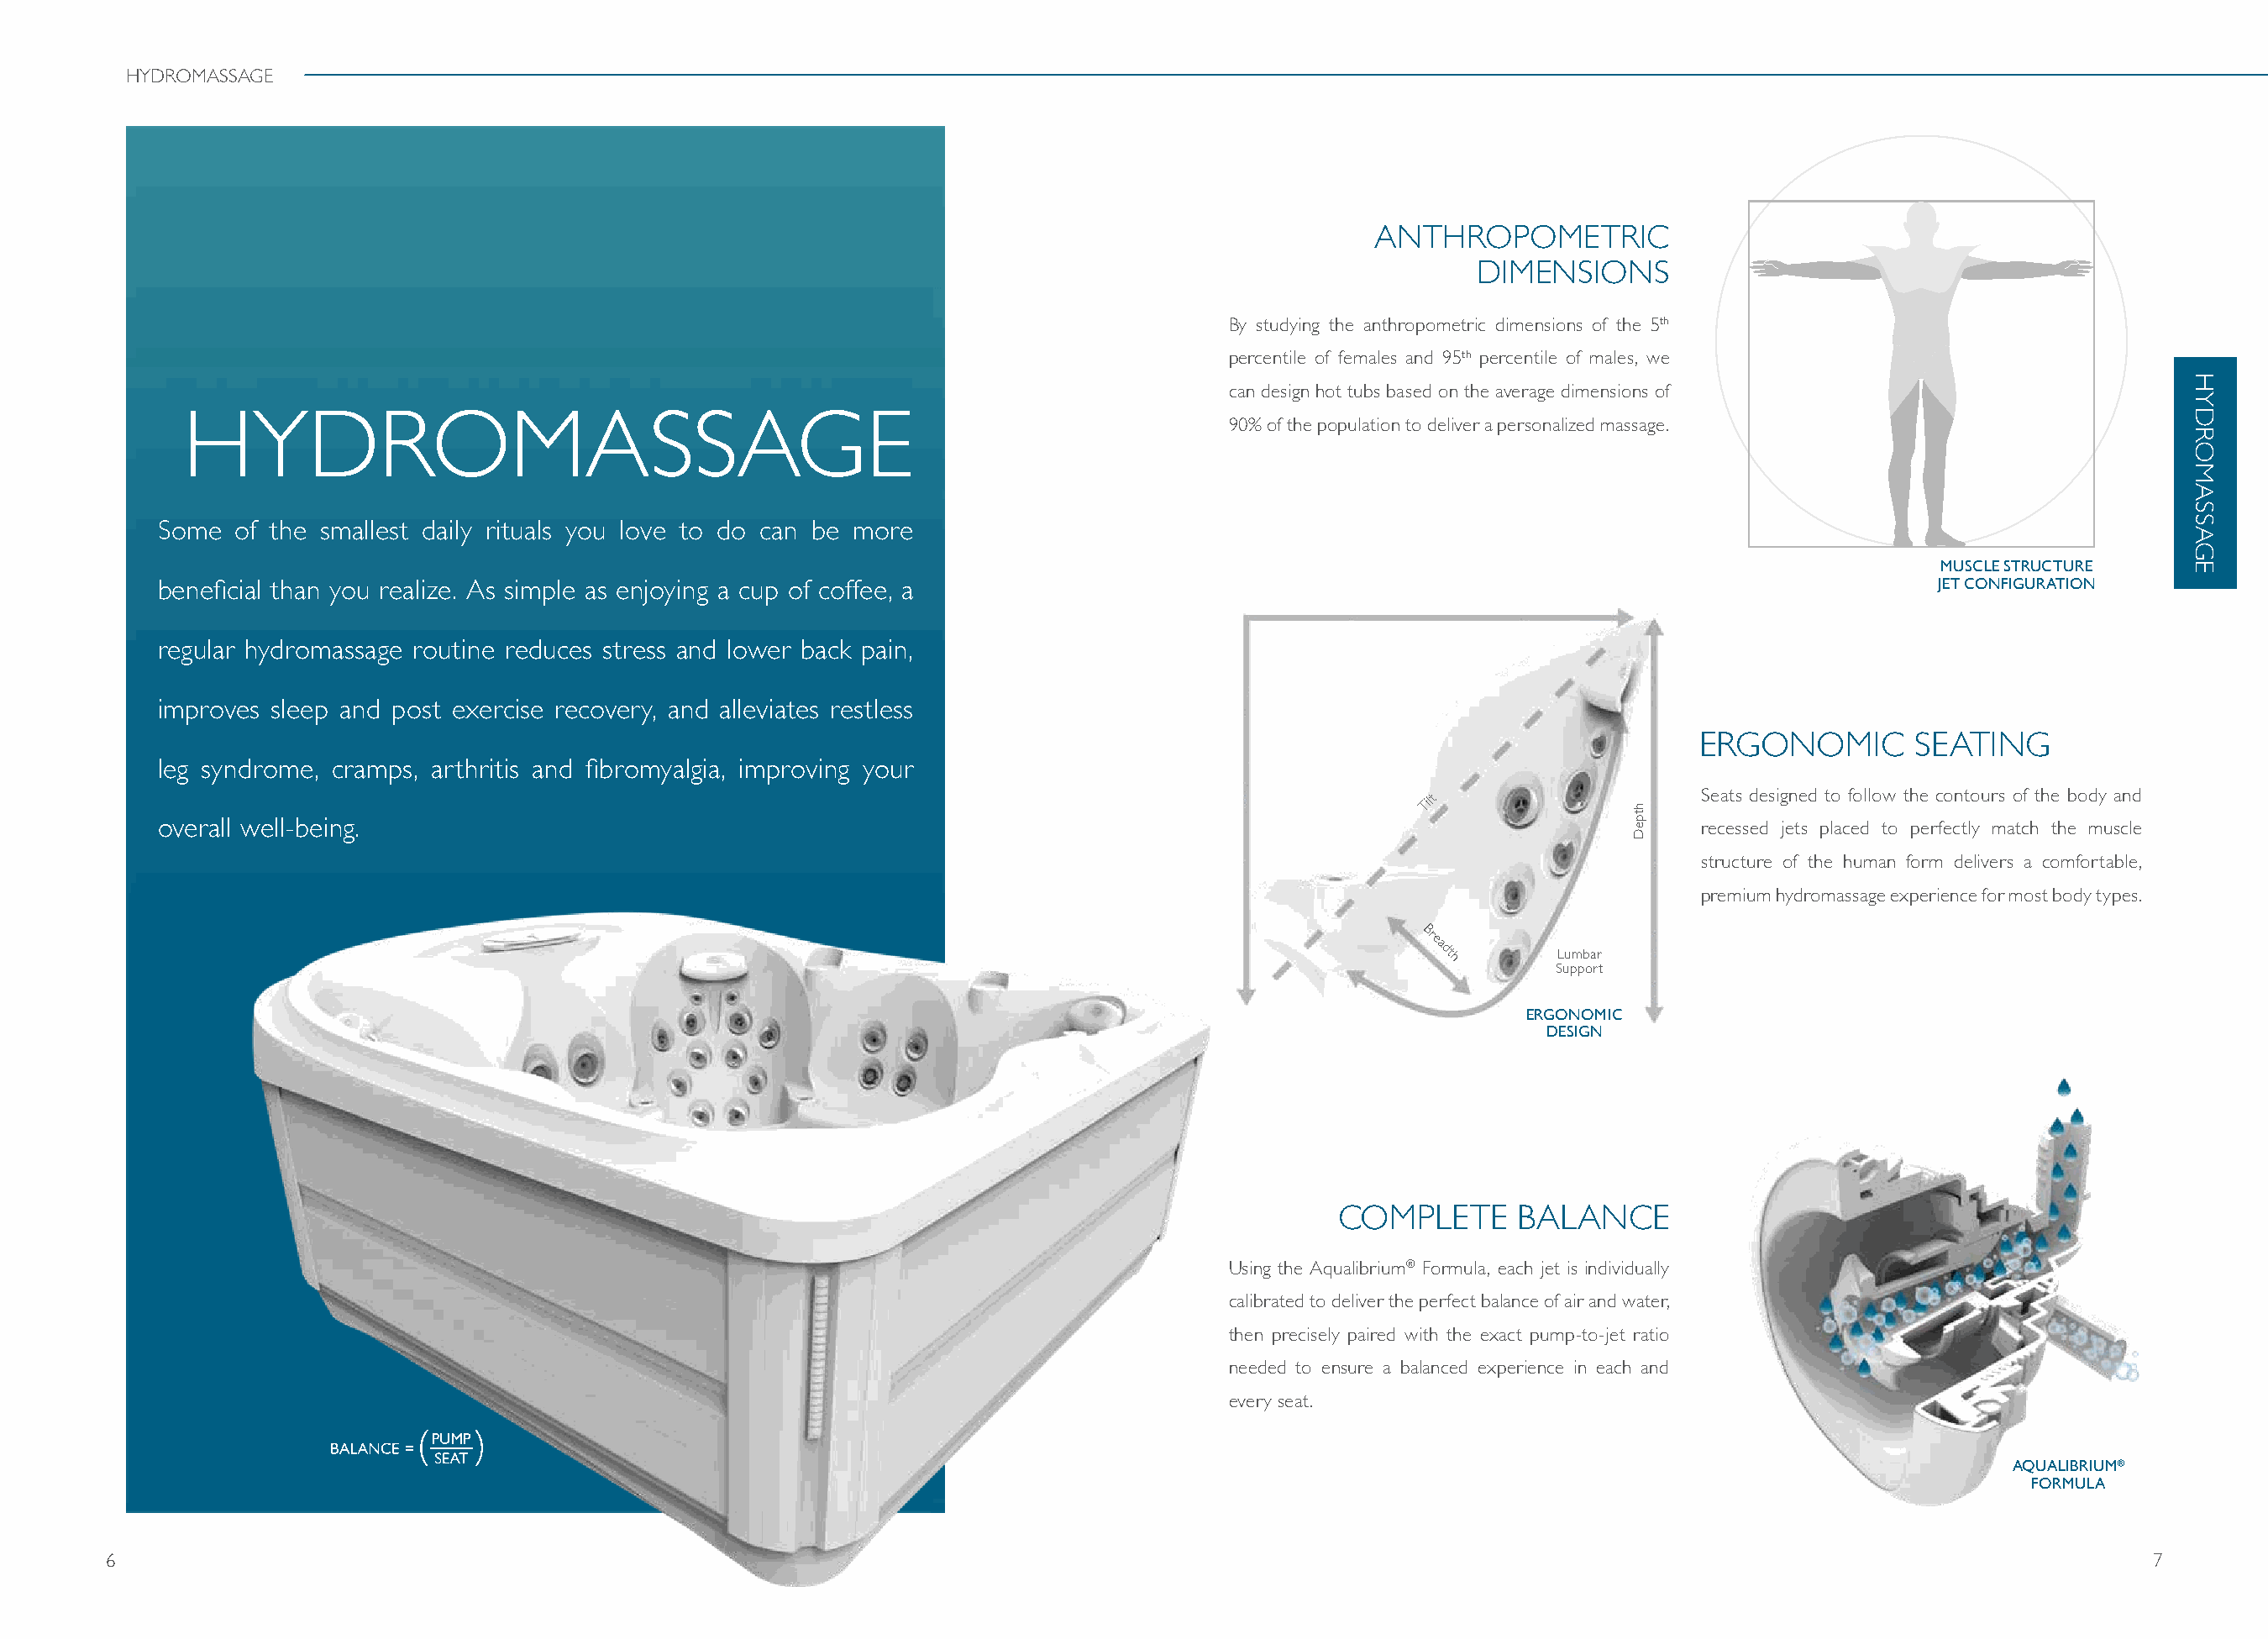
HYDROMASSAGE
 ANTHROPOMETRIC
 DIMENSIONS
 By studying the anthropometric dimensions of the 5th
 percentile of females and 95th percentile of males, we
 can design hot tubs based on the average dimensions of
 HYDROMASSAGE                                                                       90% of the population to deliver a personalized massage.
 Some   of the smallest daily rituals you love to do can be more
 MUSCLE STRUCTURE
 beneficial than you realize. As simple as enjoying a cup of coffee, a                                                                        JET CONFIGURATION
 regular hydromassage routine reduces stress and lower back pain,
 improves sleep and post exercise recovery, and alleviates restless
 ERGONOMIC        SEATING
 leg syndrome, cramps, arthritis and fibromyalgia, improving your
 Tilt                  Seats designed to follow the contours of the body and
 overall well-being.                                                                                                       recessed jets placed to perfectly match the muscle
 structure of the human form delivers a comfortable,
 premium hydromassage experience for most body types.
 Breadth
 Lumbar
 Support
 ERGONOMIC
 DESIGN
 COMPLETE       BALANCE
 Using the Aqualibrium® Formula, each jet is individually
 calibrated to deliver the perfect balance of air and water,
 then precisely paired with the exact pump-to-jet ratio
 needed to ensure a balanced experience in each and
 every seat.
 AQUALIBRIUM®
 FORMULA
 6                                                                                                                                                                 7
 htpeD
 HYDROMASSAGE